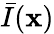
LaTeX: \bar{I}({\mathbf x})